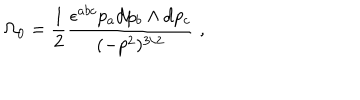
\Omega _ { 0 } = \frac { 1 } { 2 } \frac { \epsilon ^ { a b c } p _ { a } \mathrm { d } p _ { b } \land \mathrm { d } p _ { c } } { ( - p ^ { 2 } ) ^ { 3 / 2 } } \; ,